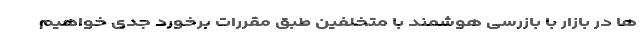
ها در بازار با بازرسی هوشمند با متخلفین طبق مقررات برخورد جدی خواهیم